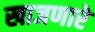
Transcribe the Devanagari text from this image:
खाजणारे